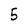
Character: 5